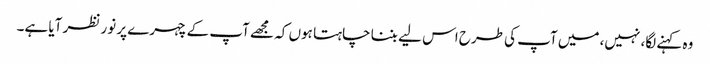
وہ کہنے لگا، نہیں، میں آپ کی طرح اس لیے بننا چاہتا ہوں کہ مجھے آپ کے چہرے پر نور نظر آیا ہے۔